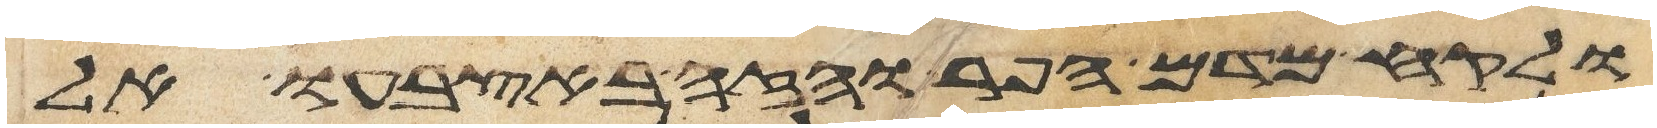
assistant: ולקח מדם הפר והזה באצבעו אל